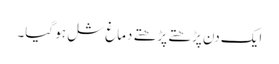
ایک دن پڑھتے پڑھتے دماغ شل ہو گیا۔